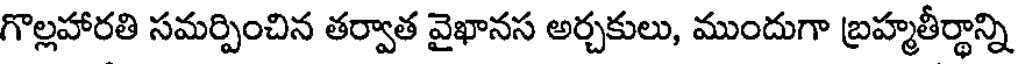
గొల్లహారతి సమర్పించిన తర్వాత వైఖానస అర్చకులు, ముందుగా బ్రహ్మతీర్థాన్ని